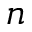
n